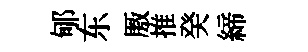
郇东厫推癸締